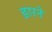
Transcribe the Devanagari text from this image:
ङारने